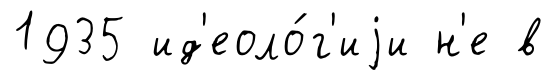
1935 ид'еоло́г'иjи н'е в